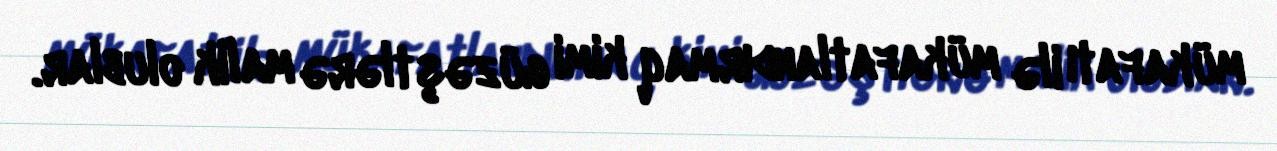
mükafatı ilə mükafatlandırmaq kimi güzəştlərə malik olublar.